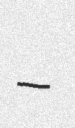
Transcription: –